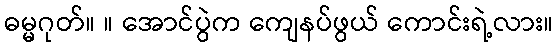
ဓမ္မဂုတ်။ ။ အောင်ပွဲက ကျေနပ်ဖွယ် ကောင်းရဲ့လား။